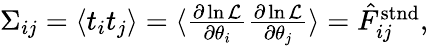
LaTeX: \begin{array}{r}{\Sigma_{ij}=\langle t_{i}t_{j}\rangle=\langle\frac{\partial\ln\mathcal{L}}{\partial\theta_{i}}\frac{\partial\ln\mathcal{L}}{\partial\theta_{j}}\rangle=\hat{F}_{ij}^{\mathrm{stnd}},}\end{array}